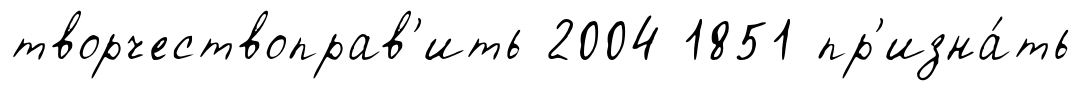
творчествоправ'ить 2004 1851 пр'изна́ть